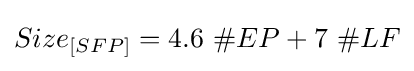
Size_{[SFP]}=4.6\ \#EP+7\ \#LF